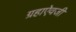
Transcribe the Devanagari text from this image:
ग्रहाऐवजी